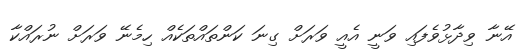
އޭނާ ވިދާޅުވެފައި ވަނީ އެއީ ވަރަށް ގިނަ ކަންތައްތަކެއް ހިމެނޭ ވަރަށް ނުރައްކާ